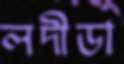
লদীডা